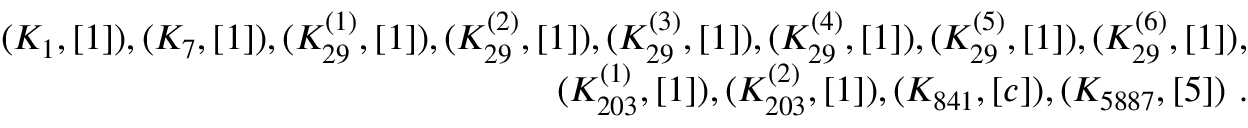
\begin{array} { r l r } & { } & { ( K _ { 1 } , [ 1 ] ) , ( K _ { 7 } , [ 1 ] ) , ( K _ { 2 9 } ^ { ( 1 ) } , [ 1 ] ) , ( K _ { 2 9 } ^ { ( 2 ) } , [ 1 ] ) , ( K _ { 2 9 } ^ { ( 3 ) } , [ 1 ] ) , ( K _ { 2 9 } ^ { ( 4 ) } , [ 1 ] ) , ( K _ { 2 9 } ^ { ( 5 ) } , [ 1 ] ) , ( K _ { 2 9 } ^ { ( 6 ) } , [ 1 ] ) , } \\ & { } & { ( K _ { 2 0 3 } ^ { ( 1 ) } , [ 1 ] ) , ( K _ { 2 0 3 } ^ { ( 2 ) } , [ 1 ] ) , ( K _ { 8 4 1 } , [ c ] ) , ( K _ { 5 8 8 7 } , [ 5 ] ) ~ . } \end{array}